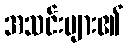
အသင်းများ၏